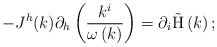
\begin{align*}-J^h(k)\partial _h\left( \frac{k^i}{\omega \left( k\right) }\right)=\partial _i{\rm \tilde H}\left( k\right) ; \end{align*}